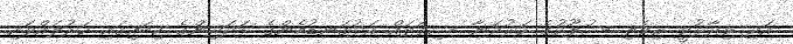
އަދި ވިދާޅުވީ ރިވެތި ސުލޫކުގެ ހަރުދަނާ ސިފަތައް އަޅުގަނޑުމެންގެ ޅަދަރިންގެ ކިބައިގައި ހަރުލައްވައި